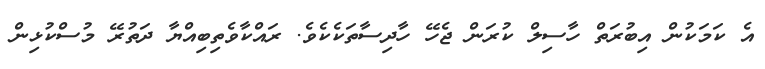
އެ ކަމަކުން އިބުރަތް ހާސިލް ކުރަން ޖެހޭ ހާދިސާތަކެކެވެ. ރައްކާވެތިބިއްޔާ ދަތުރޭ މުސްކުޅިން